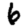
Digit: 6